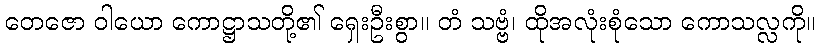
တေဇော ဝါယော ကောဋ္ဌာသတို့၏ ရှေးဦးစွာ။ တံ သဗ္ဗံ၊ ထိုအလုံးစုံသော ကောသလ္လကို။